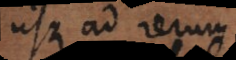
usque ad rerum